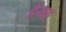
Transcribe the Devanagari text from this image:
हैंयह